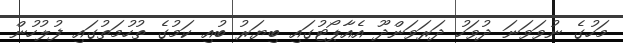
މަހުގެ ނުވަވަނަ ދުވަހު ދަރަވަންދޫ އެއާޕޯޓުގައި ބިޔަރު ބުއި ކަމުގެ ތުހުމަތުގައި ފުލުހުން